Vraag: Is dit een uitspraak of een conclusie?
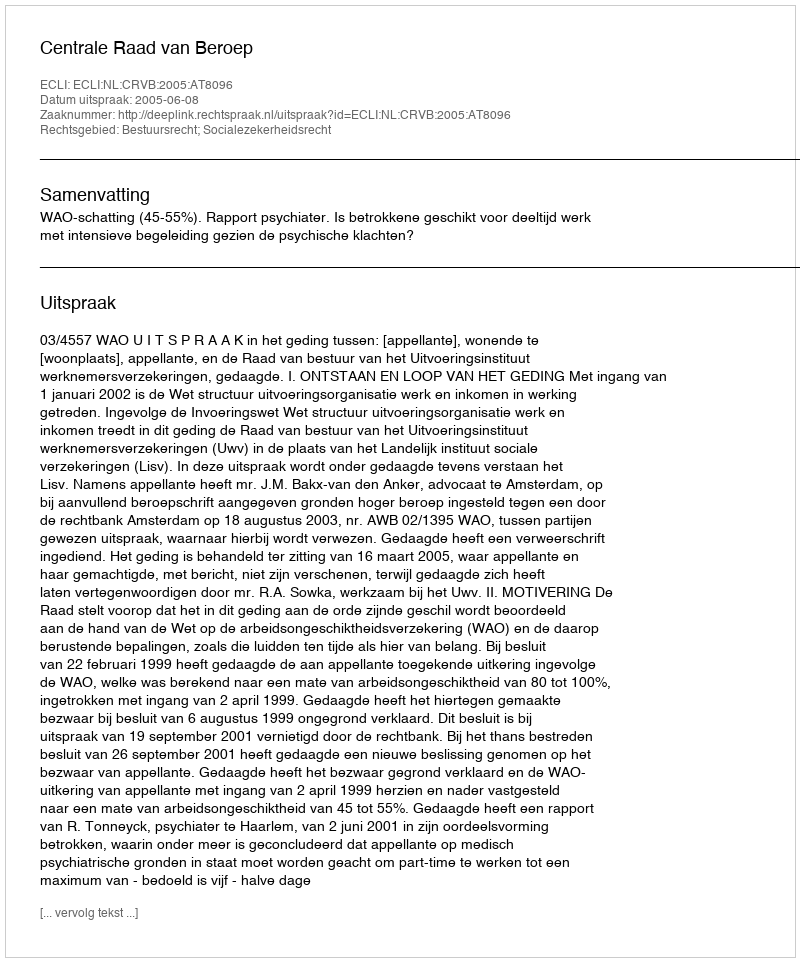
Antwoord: Uitspraak